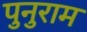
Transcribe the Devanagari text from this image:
पुनुराम